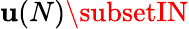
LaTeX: \mathbf{u}(N)\subsetIN